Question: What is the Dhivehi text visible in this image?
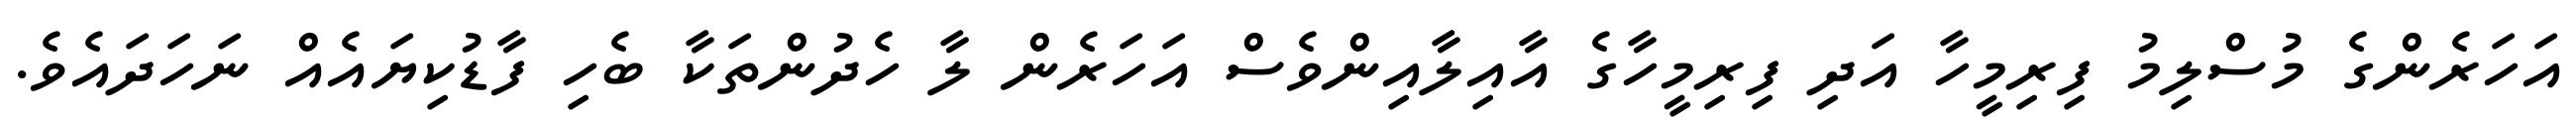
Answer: އަހަރެންގެ މުސްލިމު ފިރިމީހާ އަދި ފިރިމީހާގެ އާއިލާއިންވެސް އަހަރެން ލާ ހެދުންތަކާ ބެހި ފާޑުކިޔައެއް ނަހަދައެވެ.